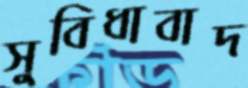
সুবিধাবাদ